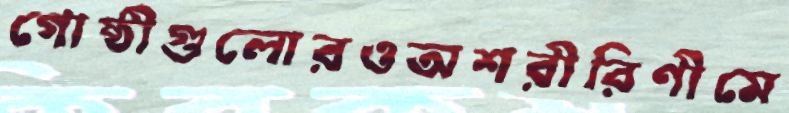
গোষ্ঠীগুলোরওঅশরীরিণীমে